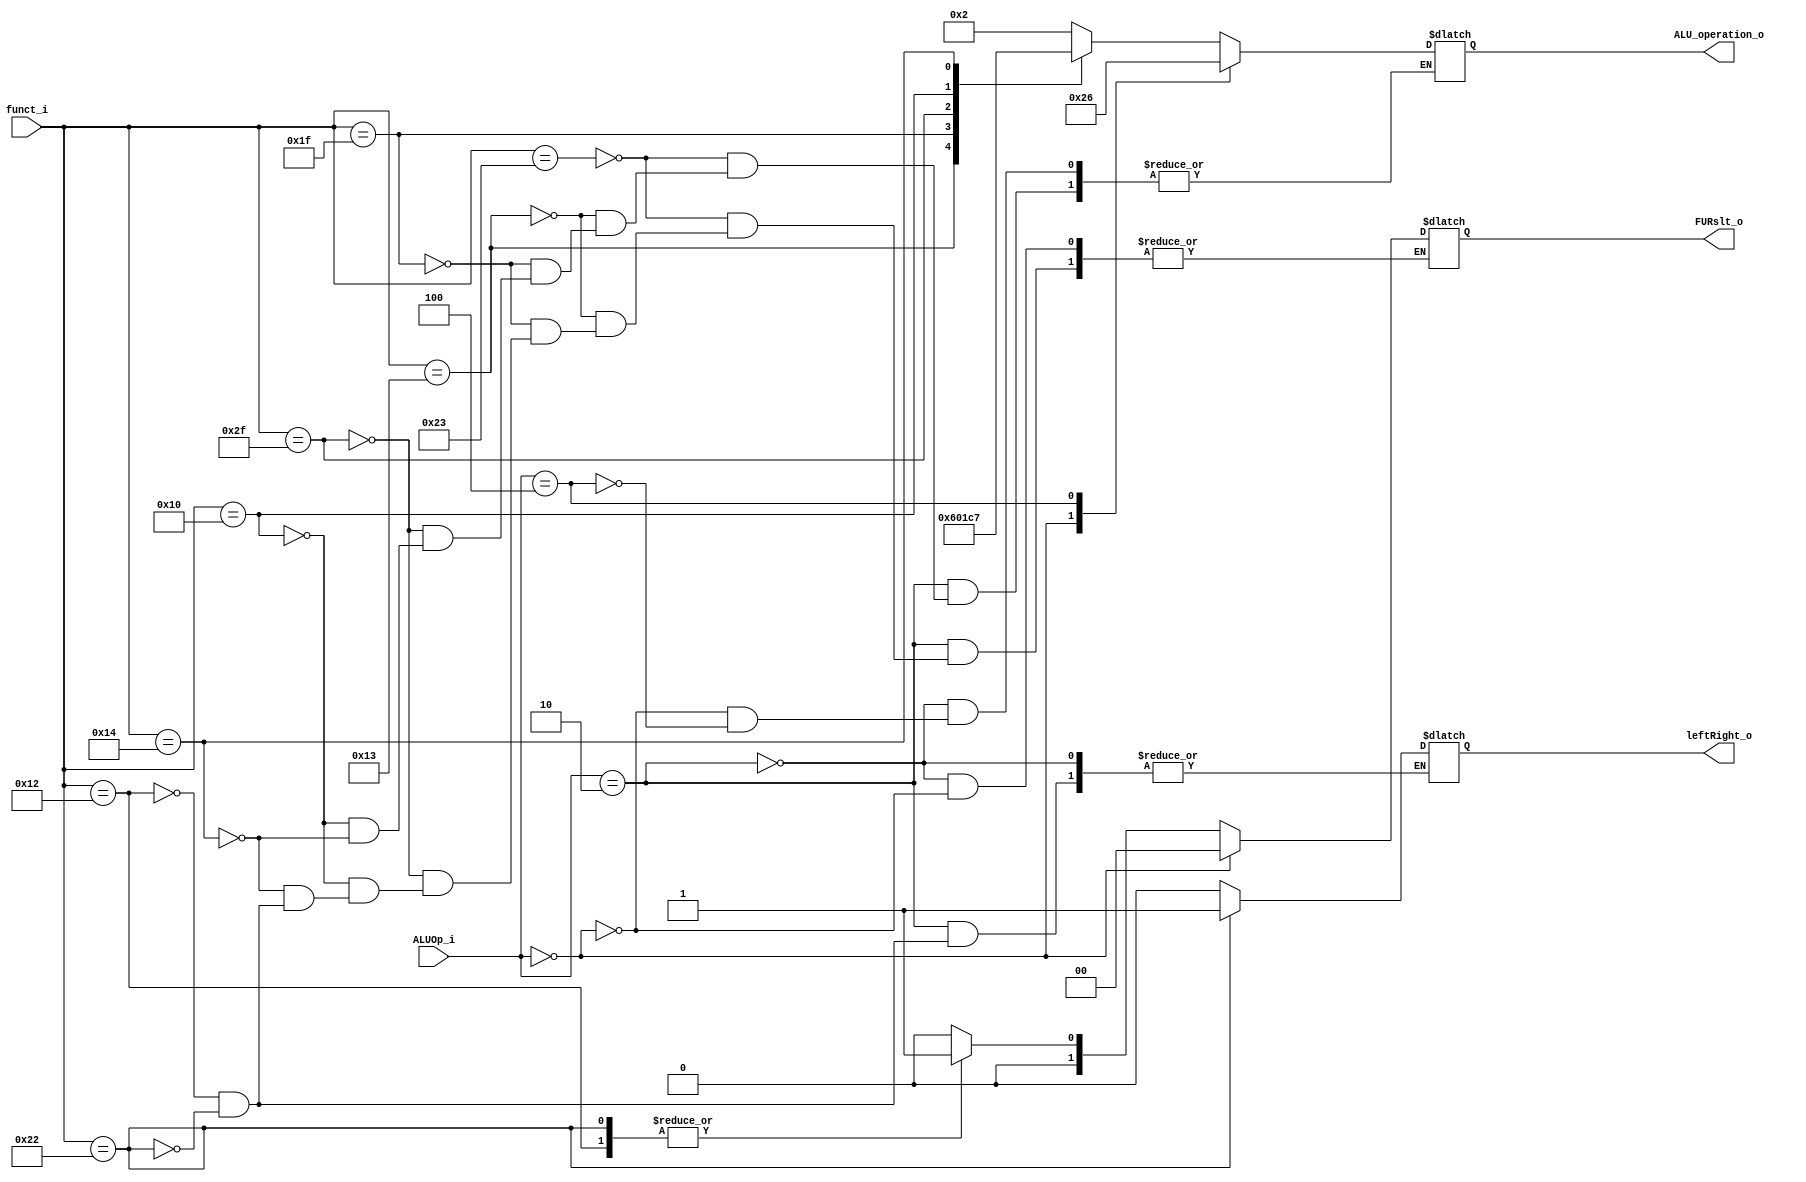
module ALU_Ctrl (
    funct_i,
    ALUOp_i,
    ALU_operation_o,
    FURslt_o,
    leftRight_o
);

  //I/O ports
  input [6-1:0] funct_i;
  input [3-1:0] ALUOp_i;

  output [4-1:0] ALU_operation_o;
  output [2-1:0] FURslt_o;
  output leftRight_o;

  //Internal Signals
  wire [6-1:0] funct_i;
  wire [3-1:0] ALUOp_i;
  
  reg [4-1:0] ALU_operation_o;
  reg [2-1:0] FURslt_o;
  reg leftRight_o;

  //Main function
  always@(*)
    begin
      case(ALUOp_i)
        3'b010: //R type
          case(funct_i)
            6'b100011: //add
              begin
                ALU_operation_o <= 4'b0010;
                FURslt_o <= 2'b00;
              end
            6'b010011: //sub
              begin
                ALU_operation_o <= 4'b0110;
                FURslt_o <= 2'b00;
              end
            6'b011111: //and
              begin
                ALU_operation_o <= 4'b0000; 
                FURslt_o <= 2'b00;
              end
            6'b101111: //or
              begin
                ALU_operation_o <= 4'b0001; 
                FURslt_o <= 2'b00;
              end
            6'b010000: //nor
              begin
                ALU_operation_o <= 4'b1100; 
                FURslt_o <= 2'b00;
              end
            6'b010100: //slt
              begin
                ALU_operation_o <= 4'b0111;
                FURslt_o <= 2'b00;
              end
            6'b010010: //shift left
              begin
                leftRight_o <= 1'b0;
                FURslt_o <= 2'b01;
              end
            6'b100010: //shift right
              begin
                leftRight_o <= 1'b1; 
                FURslt_o <= 2'b01;
              end
          endcase

        3'b000: //addilwsw
          begin
            ALU_operation_o <= 4'b0010;
            FURslt_o <= 2'b00;
          end
        3'b100: //beqbne
          ALU_operation_o <= 4'b0110;

      endcase
    end


endmodule